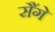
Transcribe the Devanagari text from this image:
सैंगे